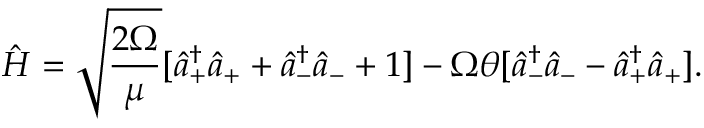
\hat { H } = \sqrt { \frac { 2 \Omega } { \mu } } [ \hat { a } _ { + } ^ { \dag } \hat { a } _ { + } + \hat { a } _ { - } ^ { \dag } \hat { a } _ { - } + 1 ] - \Omega \theta [ \hat { a } _ { - } ^ { \dag } \hat { a } _ { - } - \hat { a } _ { + } ^ { \dag } \hat { a } _ { + } ] .